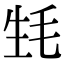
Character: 𣬺